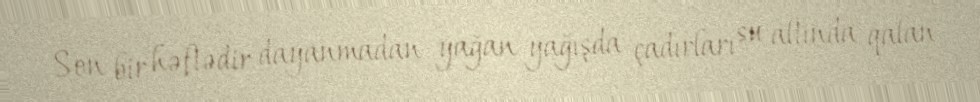
Son bir həftədir dayanmadan yağan yağışda çadırları su altında qalan